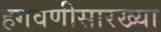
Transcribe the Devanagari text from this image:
हगवणीसारख्या